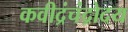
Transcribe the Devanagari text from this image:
कवीद्रंचंद्रोदय